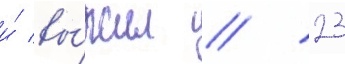
и́ вы́жил // 23